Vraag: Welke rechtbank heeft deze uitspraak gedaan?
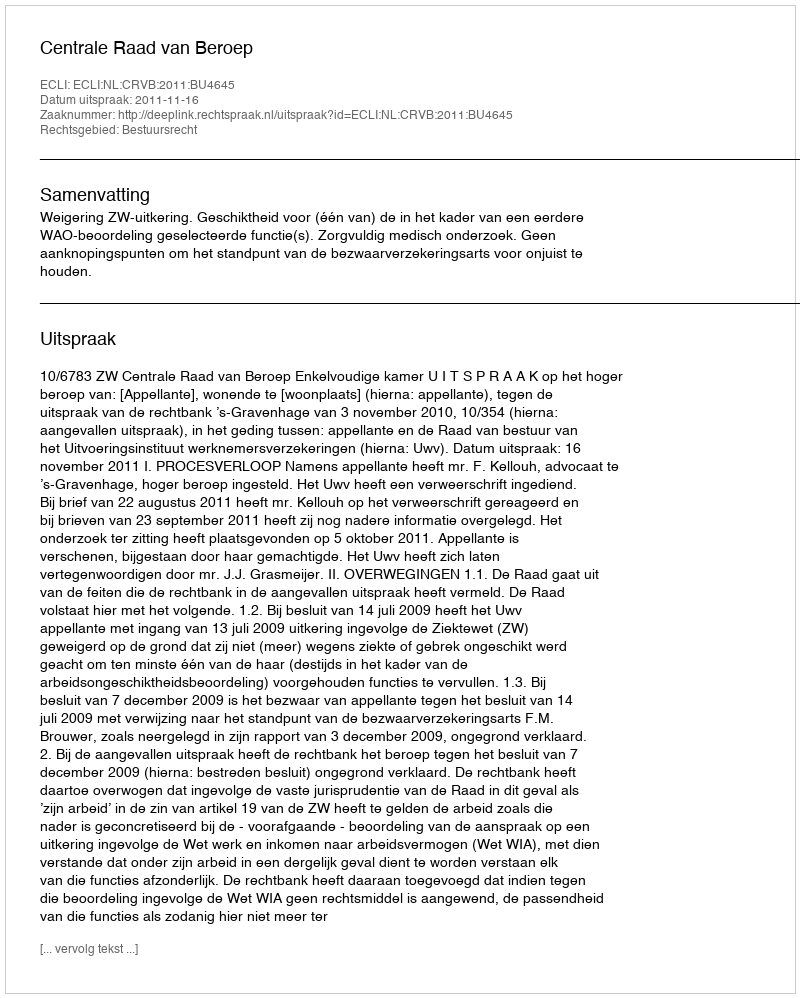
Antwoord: Centrale Raad van Beroep